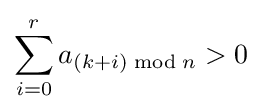
\sum _{i=0}^{r}a_{(k+i){\bmod {n}}}>0